Vaccination North-Western Provinces and Oudh 1878-1895 - 1878-1895
Year: 1878
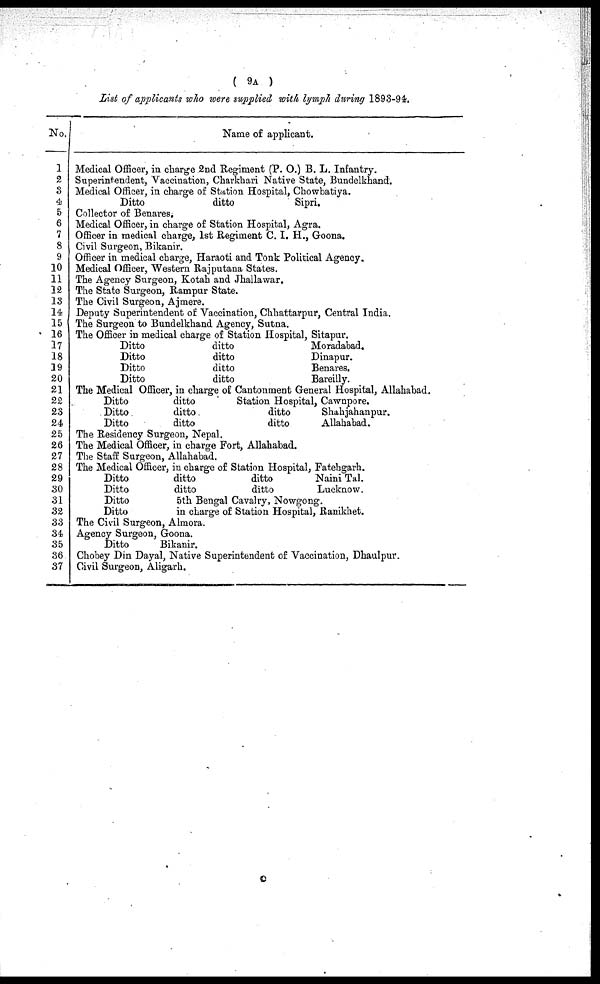
( 9A )
List of applicants who were supplied, with lymph during 1893-94.
No.
1
2
3
4
5
6
7
8
9
10
11
12
13
14
15
16
17
18
19
20
21
22
23
24
25
26
27
28
29
30
31
32
33
34
35
36
37
Name of applicant.
Medical Officer, in charge 2nd Regiment (P. 0.) B. L. Infantry.
Superintendent, Vaccination, Charkhari Native State, Bundelkhand.
Medical Officer, in charge of Station Hospital, Chowbatiya.
Ditto
ditto
Sipri.
Collector of Benares.
Medical Officer, in charge of Station Hospital, Agra.
Officer in medical charge, 1st Regiment C. I. H., Goona.
Civil Surgeon, Bikanir.
Officer in medical charge, Haraoti and Tonk Political Agency.
Medical Officer, Western Rajputana States.
The Agency Surgeon, Kotah and Jhallawar.
The State Surgeon, Rampur State.
The Civil Surgeon, Ajmere.
Deputy Superintendent of Vaccination, Chhattarpur, Central India.
The Surgeon to Bundelkhand Agency, Sutna.
The Officer in medical charge of Station Hospital, Sitapur.
Ditto
ditto
Moradabad.
Ditto
ditto
Dinapur.
Ditto
ditto
Benares.
Ditto
ditto
Bareilly.
The Medical Officer, in charge of Cantonment General Hospital, Allahabad.
Ditto
ditto
Station Hospital, Cawnpore.
Ditto
ditto
ditto
Shahjahanpur.
Ditto
ditto
ditto
Allahabad.
The Residency Surgeon, Nepal.
The Medical Officer, in charge Port, Allahabad.
The Staff Surgeon, Allahabad.
The Medical Officer, in charge of Station Hospital, Fatebgarh.
Ditto
ditto
ditto
Naini Tal.
Ditto
ditto
ditto
Lucknow.
Ditto
5th Bengal Cavalry, Nowgong.
Ditto
in charge of Station Hospital, Ranikhet.
The Civil Surgeon, Almora.
Agency Surgeon, Goona.
Ditto
Bikanir.
Chobey Din Dayal, Native Superintendent of Vaccination, Dhaulpur.
Civil Surgeon, Aligarh.
c